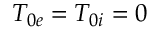
T _ { 0 e } = T _ { 0 i } = 0